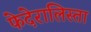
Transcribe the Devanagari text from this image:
फेदेरालिस्ता